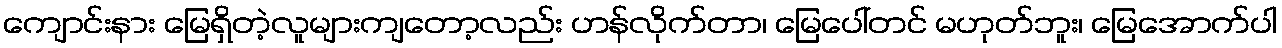
ကျောင်းနား မြေရှိတဲ့လူများကျတော့လည်း ဟန်လိုက်တာ၊ မြေပေါ်တင် မဟုတ်ဘူး၊ မြေအောက်ပါ